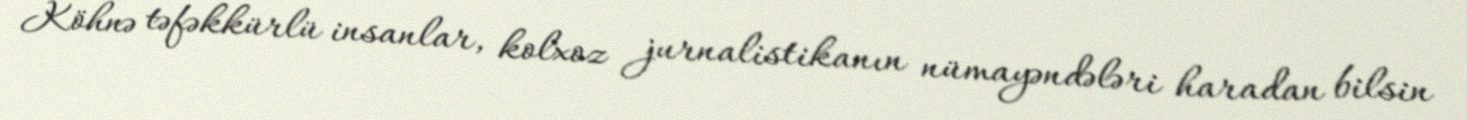
Köhnə təfəkkürlü insanlar, kolxoz jurnalistikanın nümayəndələri haradan bilsin